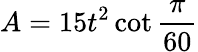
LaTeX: A=15t^{2}\cot{\frac{\pi}{60}}